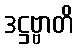
ဒဋ္ဌဗ္ဗာတိ